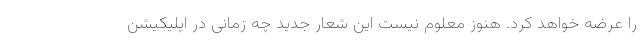
را عرضه خواهد کرد. هنوز معلوم نیست این شعار جدید چه زمانی در اپلیکیشن